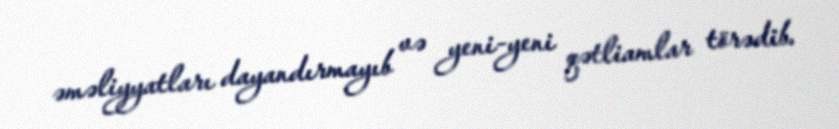
əməliyyatları dayandırmayıb və yeni-yeni qətliamlar törədib.